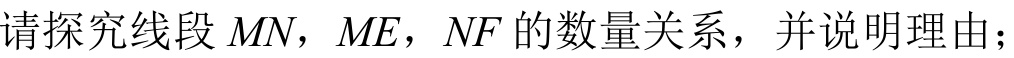
请探究线段\(MN\)，\(ME\)，\(NF\)的数量关系，并说明理由；